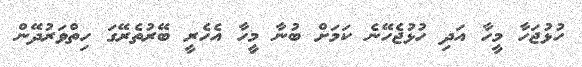
ހުޅުޖަހާ މީހާ އަދި ހުޅުޖެހޭނެ ކަމަށް ބުނާ މީހާ އެހެރީ ބޭރުތެރޭގަ ހިތްވަރުދޭން